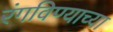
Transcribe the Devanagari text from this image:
रंगविण्याच्या